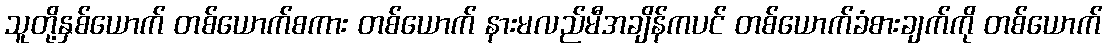
သူတို့နှစ်ယောက် တစ်ယောက်စကား တစ်ယောက် နားမလည်မီအချိန်ကပင် တစ်ယောက်ခံစားချက်ကို တစ်ယောက်